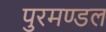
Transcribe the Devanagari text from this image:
पुरमण्डल